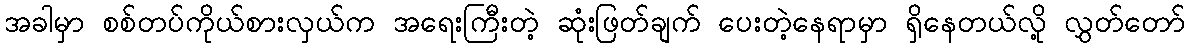
အခါမှာ စစ်တပ်ကိုယ်စားလှယ်က အရေးကြီးတဲ့ ဆုံးဖြတ်ချက် ပေးတဲ့နေရာမှာ ရှိနေတယ်လို့ လွှတ်တော်